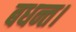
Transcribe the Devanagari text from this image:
बधन्त।